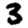
Digit: 3